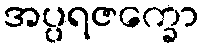
အပ္ပရဇက္ခော